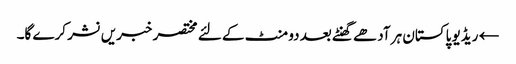
← ریڈیو پاکستان ہر آدھے گھنٹے بعد دو منٹ کے لئے مختصر خبریں نشر کرے گا۔